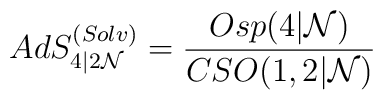
AdS^{(Solv)}_{4\vert 2{\cal N}} = \frac{Osp(4\vert {\cal N})}{CSO(1,2\vert{\cal N})}